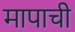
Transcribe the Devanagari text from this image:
मापाची